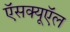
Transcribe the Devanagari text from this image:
ऍसक्यूऍल